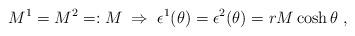
LaTeX: \begin{align*}M^{1}=M^{2}=:M\;\Rightarrow \;\epsilon ^{1}(\theta )=\epsilon^{2}(\theta )=rM\cosh \theta \;,\end{align*}